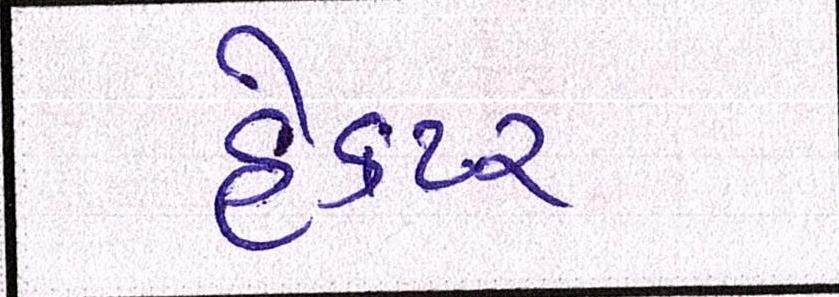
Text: હેક્ટર